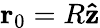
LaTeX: \mathbf{r}_{0}=R\mathbf{\hat{z}}